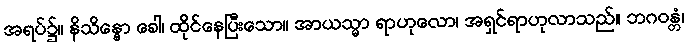
အရပ်၌။ နိသိန္နော ခေါ၊ ထိုင်နေပြီးသော။ အာယသ္မာ ရာဟုလော၊ အရှင်ရာဟုလာသည်။ ဘဂဝန္တံ၊